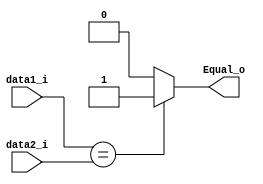
module Eq
(
    data1_i,
    data2_i,
    Equal_o
);

input   [31:0]      data1_i, data2_i;
output				Equal_o;

reg					Equal_o;

always@(data1_i or data2_i) begin
    if(data1_i == data2_i)
		Equal_o = 1;
	else
		Equal_o = 0;
end

endmodule